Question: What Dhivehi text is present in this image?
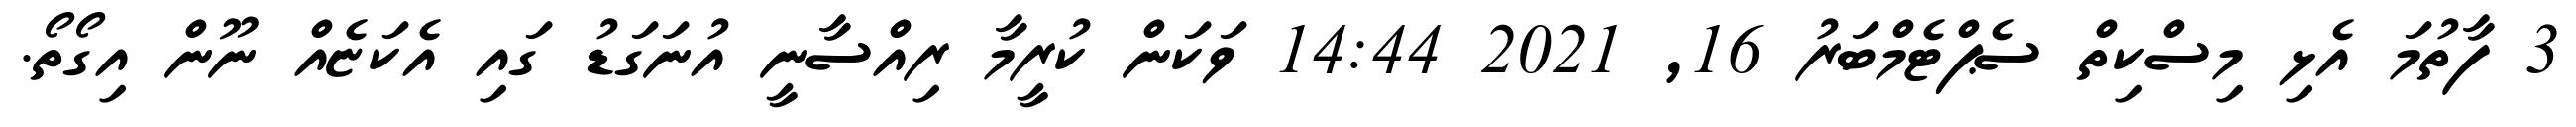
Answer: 3 ފާތުމަ އެޅި މިސްކިތް ސެޕްޓެމްބަރު 16, 2021 14:44 ވަކަން ކުރީމާ ރިއްސާނީ އުނަގަޑު ގައި އެކަޏެއް ނޫން އިގޯތޯ.